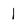
Character: l